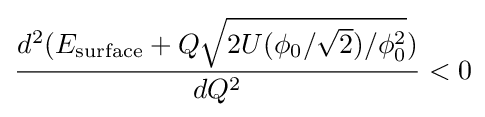
{\frac {d^{2}(E_{\text{surface}}+Q{\sqrt {2U(\phi _{0}/{\sqrt {2}})/\phi _{0}^{2}}})}{dQ^{2}}}<0